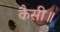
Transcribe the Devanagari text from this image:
कैसी॥